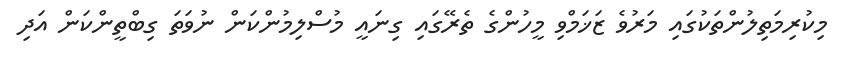
މިކުރިމަތިލުންތަކުގައި މަރުވެ ޒަޚަމްވި މީހުންގެ ތެރޭގައި ގިނައީ މުސްލިމުންކަން ނުވަތަ ގިބްތީންކަން އަދި